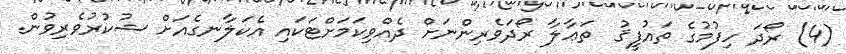
(4) ރޯދަ ހިފުމުގެ ތައުފީޤު  ތަޢާލާ ރޯދަވެރިންނަށް ދެއްވިކަމަށްޓަކައި އެކަލާނގެއަށް ޝުކުރުވެރިވުން.